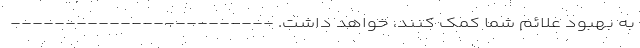
به بهبود علائم شما کمک کنند، خواهد داشت. ------------------------